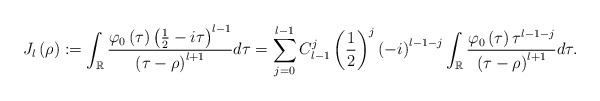
\begin{align*}J_{l}\left( \rho\right) :=\int_{\mathbb{R}}\frac{\varphi_{0}\left(\tau\right) \left( \frac{1}{2}-i\tau\right) ^{l-1}}{\left( \tau-\rho\right) ^{l+1}}d\tau =\sum_{j=0}^{l-1}C_{l-1}^{j}\left( \frac{1}{2}\right) ^{j}\left(-i\right) ^{l-1-j}\int_{\mathbb{R}}\frac{\varphi_{0}\left( \tau\right)\tau^{l-1-j}}{\left( \tau-\rho\right) ^{l+1}}d\tau.\end{align*}